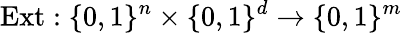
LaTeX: {\mathrm{Ext}}:\{ 0,1\} ^{n}\times\{ 0,1\} ^{d}\rightarrow\{ 0,1\} ^{m}